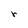
Character: r